画像に写った文字を読んでください
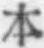
「本」と書いてあります